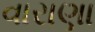
વારાણા